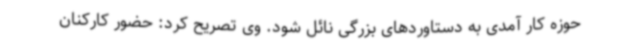
حوزه کار آمدی به دستاوردهای بزرگی نائل شود. وی تصریح کرد: حضور کارکنان